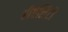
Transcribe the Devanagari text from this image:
रीऐलिटी